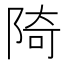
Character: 陭